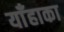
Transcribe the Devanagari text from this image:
याँहाका